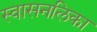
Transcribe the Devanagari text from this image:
स्वासनलिका